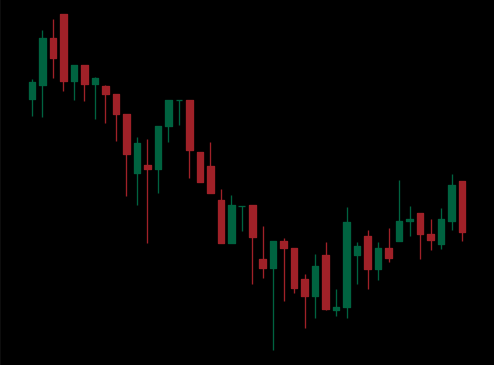
Pattern: bull_flag